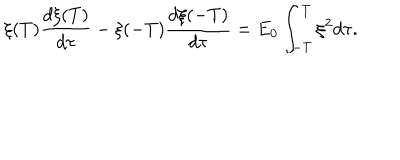
LaTeX: \xi ( T ) \frac { d \xi ( T ) } { d \tau } - \xi ( - T ) \frac { d \xi ( - T ) } { d \tau } = E _ { 0 } \int _ { - T } ^ { T } \xi ^ { 2 } d \tau .